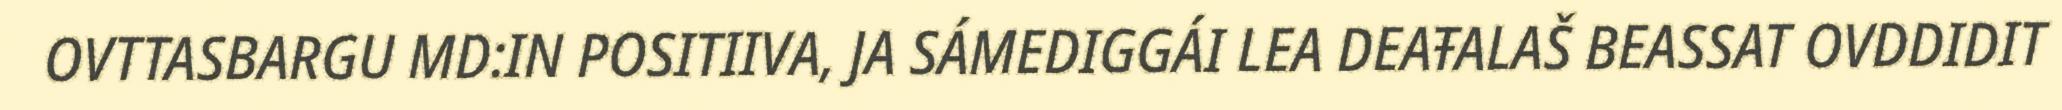
OVTTASBARGU MD:IN POSITIIVA, JA SÁMEDIGGÁI LEA DEAŦALAŠ BEASSAT OVDDIDIT